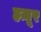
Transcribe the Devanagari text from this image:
हज़ूर